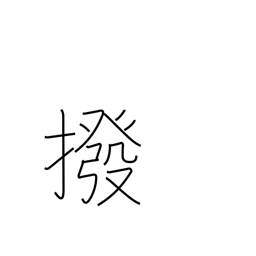
Meaning: exclude